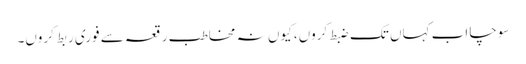
سوچا اب کہاں تک ضبط کروں، کیوں نہ مخاطبِ رقعہ سے فوری ربط کروں۔